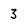
Character: 3